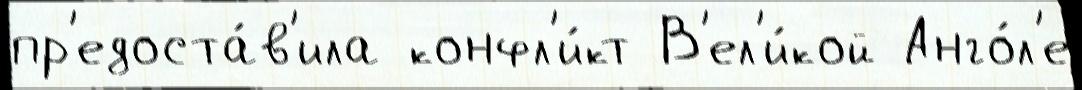
пр'едоста́в'ила конфл'и́кт В'ел'и́кой Анго́л'е